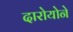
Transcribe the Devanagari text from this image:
दारोयोने